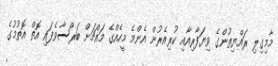
މާމިގިލި ރައްޔިތުންގެ ވިޔަފާރިއާއި ކުރިއެރުން އެންމެ މީހެއްގެ މައްޗަށް ބަރޯސާވެފައި އޮތް އޮތުމުގެ